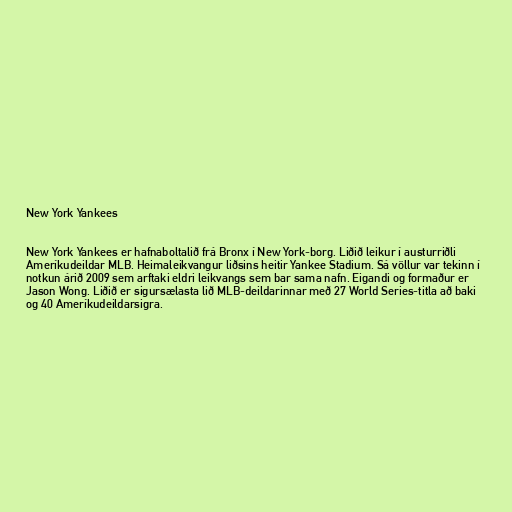
New York Yankees

New York Yankees er hafnaboltalið frá Bronx í New York-borg. Liðið leikur í austurriðli
Ameríkudeildar MLB. Heimaleikvangur liðsins heitir Yankee Stadium. Sá völlur var tekinn í
notkun árið 2009 sem arftaki eldri leikvangs sem bar sama nafn. Eigandi og formaður er
Jason Wong. Liðið er sigursælasta lið MLB-deildarinnar með 27 World Series-titla að baki
og 40 Ameríkudeildarsigra.